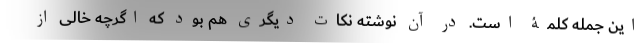
این جمله کلمۀ است. در آن نوشته نکات دیگری هم بود که اگرچه خالی از